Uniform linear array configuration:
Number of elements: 8
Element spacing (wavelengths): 1
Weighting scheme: exponential
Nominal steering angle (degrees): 15
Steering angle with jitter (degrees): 13.189
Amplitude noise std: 0.05
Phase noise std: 0.05

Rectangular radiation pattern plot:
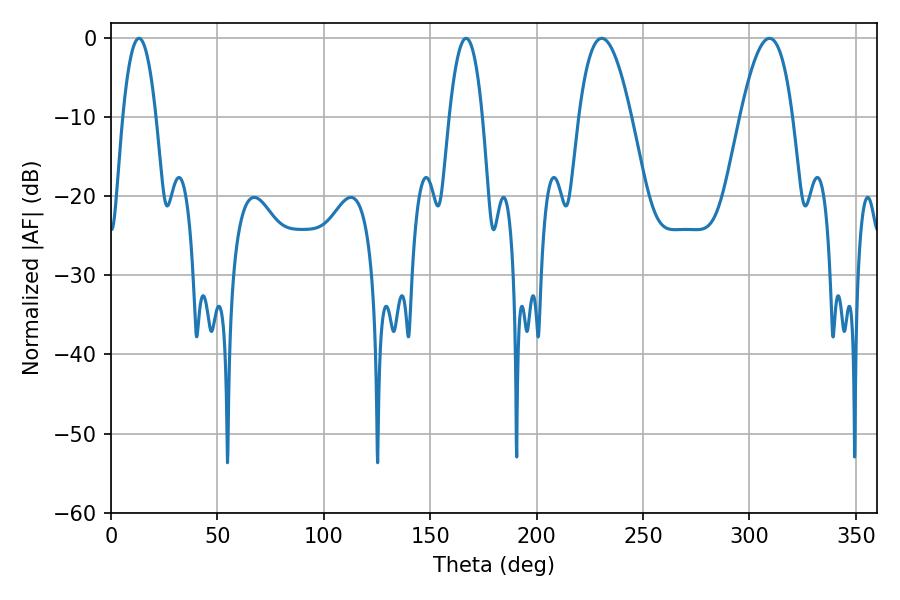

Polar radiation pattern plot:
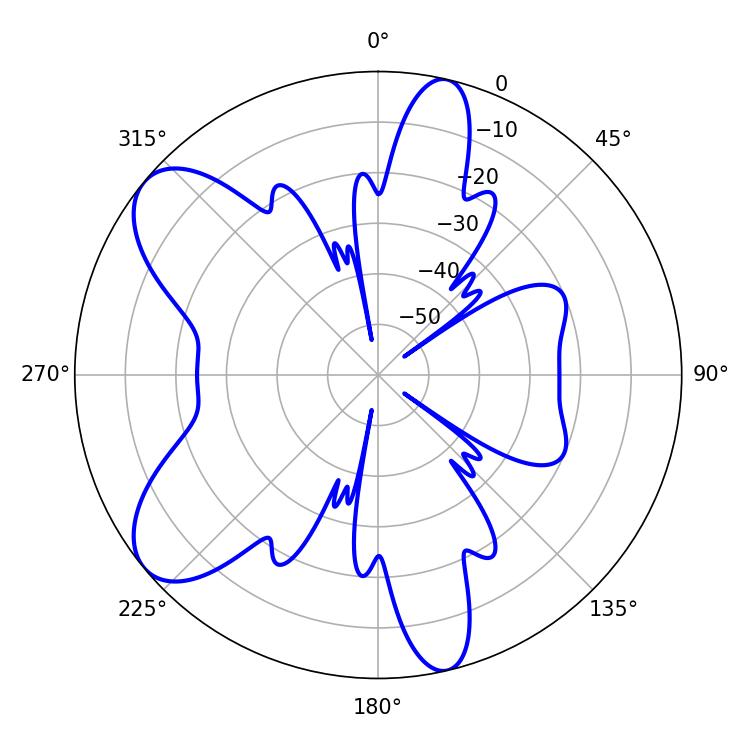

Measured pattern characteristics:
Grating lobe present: TRUE
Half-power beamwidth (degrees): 13.5
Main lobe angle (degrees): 230.58